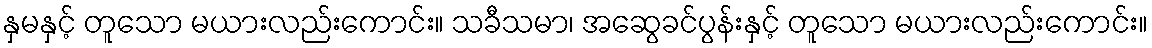
နှမနှင့် တူသော မယားလည်းကောင်း။ သခီသမာ၊ အဆွေခင်ပွန်းနှင့် တူသော မယားလည်းကောင်း။